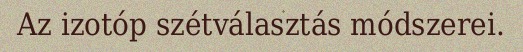
Az izotóp szétválasztás módszerei.